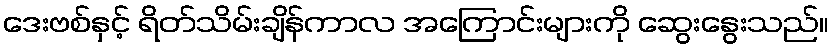
ဒေးဗစ်နှင့် ရိတ်သိမ်းချိန်ကာလ အကြောင်းများကို ဆွေးနွေးသည်။